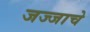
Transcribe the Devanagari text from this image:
जज्जाचे